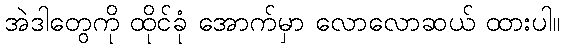
အဲဒါတွေကို ထိုင်ခုံ အောက်မှာ လောလောဆယ် ထားပါ။